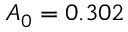
A _ { 0 } = 0 . 3 0 2